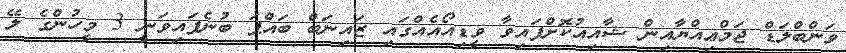
ވަންބްލަޑް ޖަމްޢިއްޔާއިން ޝާއިއުކޮށްފައިވާ ވީޑިއޯއެއްގައި ޒައިނަބް ބައްޕަ ބުނެފައިވަނީ 3 މީހުންގެ ލޭ